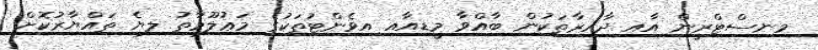
މިނިސްޓްރީން އާއި ދާއިރާތަކުން ބާއްވާ މީޑިއާއި އިވެންޓުތަކުގެ މަޢުލޫމާތު ލިޔެ ތައްޔާރުކޮށް